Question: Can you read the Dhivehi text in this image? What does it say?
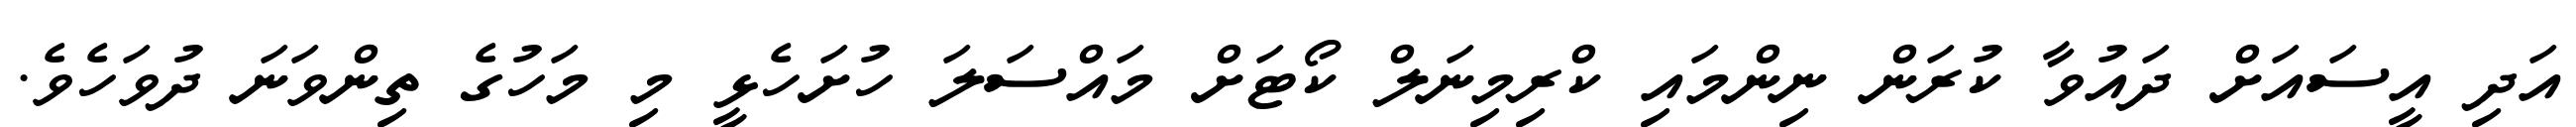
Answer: އަދި އީސައަށް ދައުވާ ކުރަން ނިންމައި ކްރިމިނަލް ކޯޓަށް މައްސަލަ ހުށަހެޅީ މި މަހުގެ ތިންވަނަ ދުވަހެވެ.